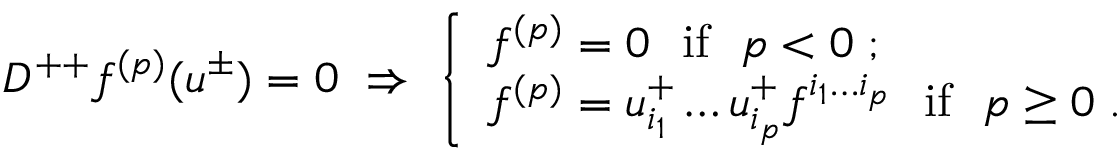
D ^ { + + } f ^ { ( p ) } ( u ^ { \pm } ) = 0 \ \Rightarrow \ \left\{ \begin{array} { l } { { f ^ { ( p ) } = 0 \ \ \mathrm { i f } \ \ p < 0 \; ; } } \\ { { f ^ { ( p ) } = u _ { i _ { 1 } } ^ { + } \ldots u _ { i _ { p } } ^ { + } f ^ { i _ { 1 } \ldots i _ { p } } \ \ \mathrm { i f } \ \ p \geq 0 \; . } } \end{array} \right.